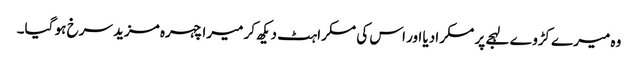
وہ میرے کڑوے لہجے پر مسکرادیا اور اس کی مسکراہٹ دیکھ کر میرا چہرہ مزید سرخ ہو گیا۔